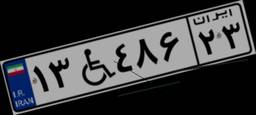
۱۳W۴۸۶۲۳